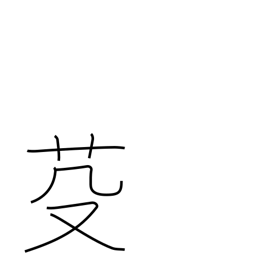
Meaning: mow